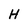
Character: H